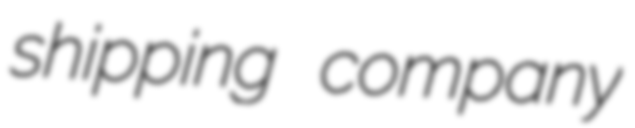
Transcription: shipping company